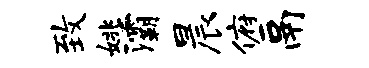
致姚灞晨俯鬲